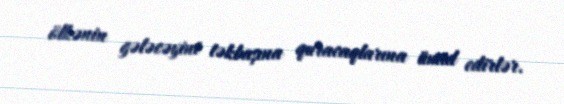
ölkənin gələcəyini təkbaşına quracaqlarına ümid edirlər.